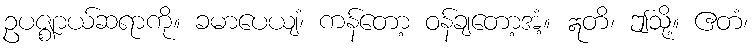
ဥပဇ္ဈာယ်ဆရာကို။ ခမာပေယျံ၊ ကန်တော့ ဝန်ချတော့အံ့။ ဣတိ၊ ဤသို့။ ဧတံ၊